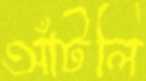
আঁটলি